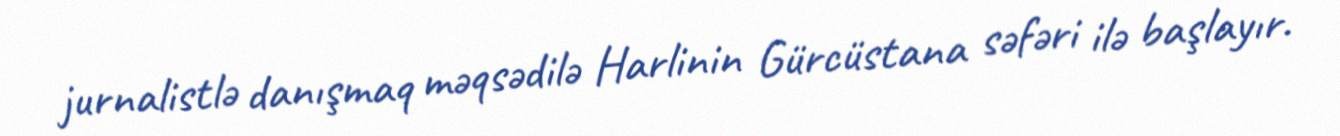
jurnalistlə danışmaq məqsədilə Harlinin Gürcüstana səfəri ilə başlayır.